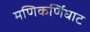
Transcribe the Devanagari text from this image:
मणिकर्णिघाट